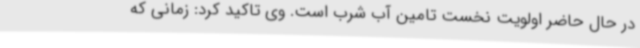
در حال حاضر اولویت نخست تامین آب شرب است. وی تاکید کرد: زمانی که